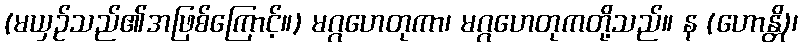
(မယှဉ်သည်၏အဖြစ်ကြောင့်။) မဂ္ဂဟေတုကာ၊ မဂ္ဂဟေတုကတို့သည်။ န (ဟောန္တိ)၊